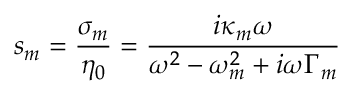
s _ { m } = \frac { \sigma _ { m } } { \eta _ { 0 } } = \frac { i \kappa _ { m } \omega } { \omega ^ { 2 } - \omega _ { m } ^ { 2 } + i \omega \Gamma _ { m } }